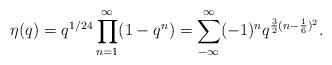
LaTeX: \begin{align*}\eta (q) = q^{1/24} \prod_{n=1}^{\infty} (1-q^{n}) =\sum_{-\infty}^{\infty} (-1)^{n} q^{\frac{3}{2} (n -\frac{1}{6})^{2}} .\end{align*}